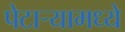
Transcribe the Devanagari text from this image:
पेटार्‍यामध्ये